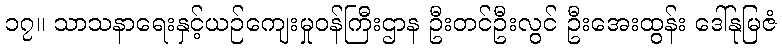
၁၇။ သာသနာရေးနှင့်ယဉ်ကျေးမှုဝန်ကြီးဌာန ဦးတင်ဦးလွင် ဦးအေးထွန်း ဒေါ်နုမြဇံ